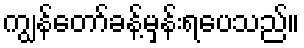
ကျွန်တော်ခန့်မှန်းရပေသည်။